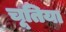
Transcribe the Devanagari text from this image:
चूतिया